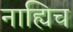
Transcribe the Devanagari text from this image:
नाह्यिच